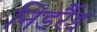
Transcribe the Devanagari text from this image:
निडर्रैड